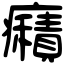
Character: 癪